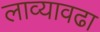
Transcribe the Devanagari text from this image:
लाव्यावढा